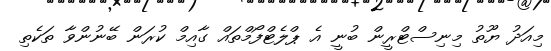
މިއަދު ޔޫތު މިނިސްޓްރީން ބުނީ އެ ޕްލެޓްފޯމްތައް ގާއިމް ކުރަން ބޭނުންވާ ތަކެތި